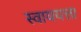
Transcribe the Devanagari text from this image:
स्वाययत्ता